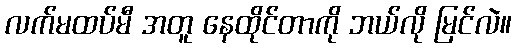
လက်မထပ်မီ အတူ နေထိုင်တာကို ဘယ်လို မြင်လဲ။